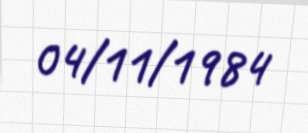
04/11/1984